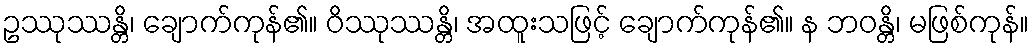
ဥဿုဿန္တိ၊ ချောက်ကုန်၏။ ဝိဿုဿန္တိ၊ အထူးသဖြင့် ချောက်ကုန်၏။ န ဘဝန္တိ၊ မဖြစ်ကုန်။